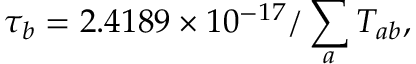
\tau _ { b } = 2 . 4 1 8 9 \times 1 0 ^ { - 1 7 } / \sum _ { a } T _ { a b } ,